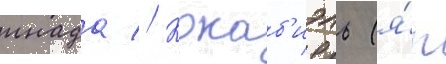
инада // Кокаб'иэль (я́п